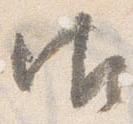
御